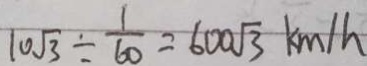
1 0 \sqrt { 3 } \div \frac { 1 } { 6 0 } = 6 0 0 \sqrt { 3 } k m / h